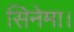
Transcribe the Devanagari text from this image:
सिनेमा।